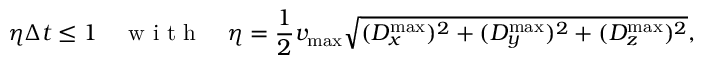
\eta \Delta t \leq 1 \quad \mathrm { ~ w ~ i ~ t ~ h ~ } \quad \eta = \frac { 1 } { 2 } v _ { \operatorname* { m a x } } \sqrt { ( D _ { x } ^ { \operatorname* { m a x } } ) ^ { 2 } + ( D _ { y } ^ { \operatorname* { m a x } } ) ^ { 2 } + ( D _ { z } ^ { \operatorname* { m a x } } ) ^ { 2 } } ,